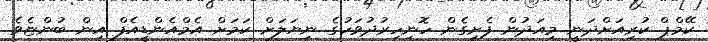
ކޭމްޕް ކުރިއަށްދަނީ މިއަދުން ފެށިގެން ހޮނިހިރުދުވަހުގެ ނިޔަލަަށް ކަމަށް އެމްއެންޑީއެފް އިން ބުންޏެވެ.